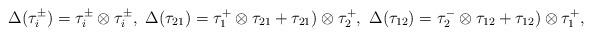
LaTeX: \begin{align*}\Delta( \tau_i^{\pm })=\tau_i^{\pm } \otimes \tau_i^{\pm } ,\ \Delta( \tau_{21})=\tau_1^{+ } \otimes \tau_{21 } + \tau_{21}) \otimes \tau^+_{2 } , \ \Delta( \tau_{12})= \tau_2^{- } \otimes \tau_{12 } + \tau_{12}) \otimes \tau^+_{1 } ,\end{align*}